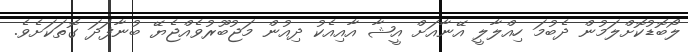
ލޯބޮޑުކޮށްލަމުން ދެބުމަ ހިއްލާލީ އޭނާއަށް އީޝާ އާއިއެކު ދިއުން މަޖުބޫރުވެއްޖެޔޭ ބުނާފަދަ ގޮތަކަށެވެ.